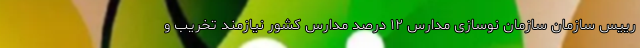
رییس سازمان سازمان نوسازی مدارس ۱۲ درصد مدارس کشور نیازمند تخریب و